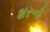
શરૂની